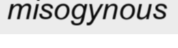
misogynous